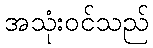
အသုံးဝင်သည်